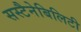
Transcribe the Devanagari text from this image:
सस्टैनेबिलिटी